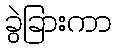
ခွဲခြားကာ